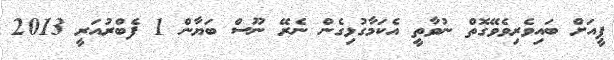
ޕީއަށް ބައިވެރިވެވޭގޮތް ނުވާތީ އެކަމާގުޅިގެން ނެރޭ ނޫސް ބަޔާން 1 ފެބްރުއަރީ 2013